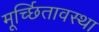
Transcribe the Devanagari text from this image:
मूर्च्छितावस्था